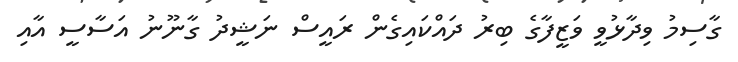
ގާސިމު ވިދާޅުވީ ވަޒީފާގެ ބިރު ދައްކައިގެން ރައީސް ނަޝީދު ގާނޫނު އަސާސީ އާއި